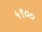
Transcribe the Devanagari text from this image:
५९००